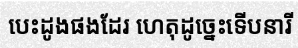
បេះដូងផងដែរ ហេតុដូច្នេះទើបនារី